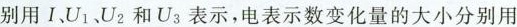
别用ⅠU_{1}、U_{2}和U_{3}表示，电表示数变化量的大小分别用